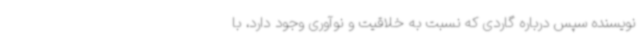
نویسنده سپس درباره گاردی که نسبت به خلاقیت و نوآوری وجود دارد، با